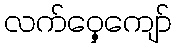
လက်ဝှေ့ကျော်